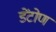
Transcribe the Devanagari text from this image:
डेंटोण